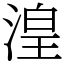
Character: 湟